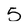
Character: 5